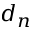
d _ { n }